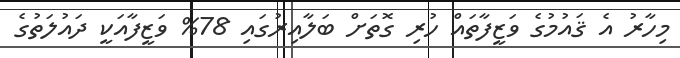
މިހާރު އެ ޤައުމުގެ ވަޒީފާތައް ހުރި ގޮތަށް ބަލާއިރުގައި 78% ވަޒީފާއަކީ ދައުލަތުގެ